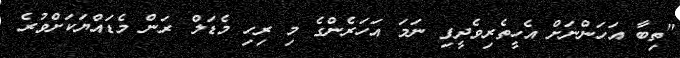
"ތިބާ އަހަންނަށް އެހީތެރިވެދީފި ނަމަ އަހަރެންގެ މި ރިހި މެޑަލް ރަން މެޑައްޔަކަށްވުރެ